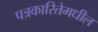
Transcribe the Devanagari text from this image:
पत्रकारितेमधील